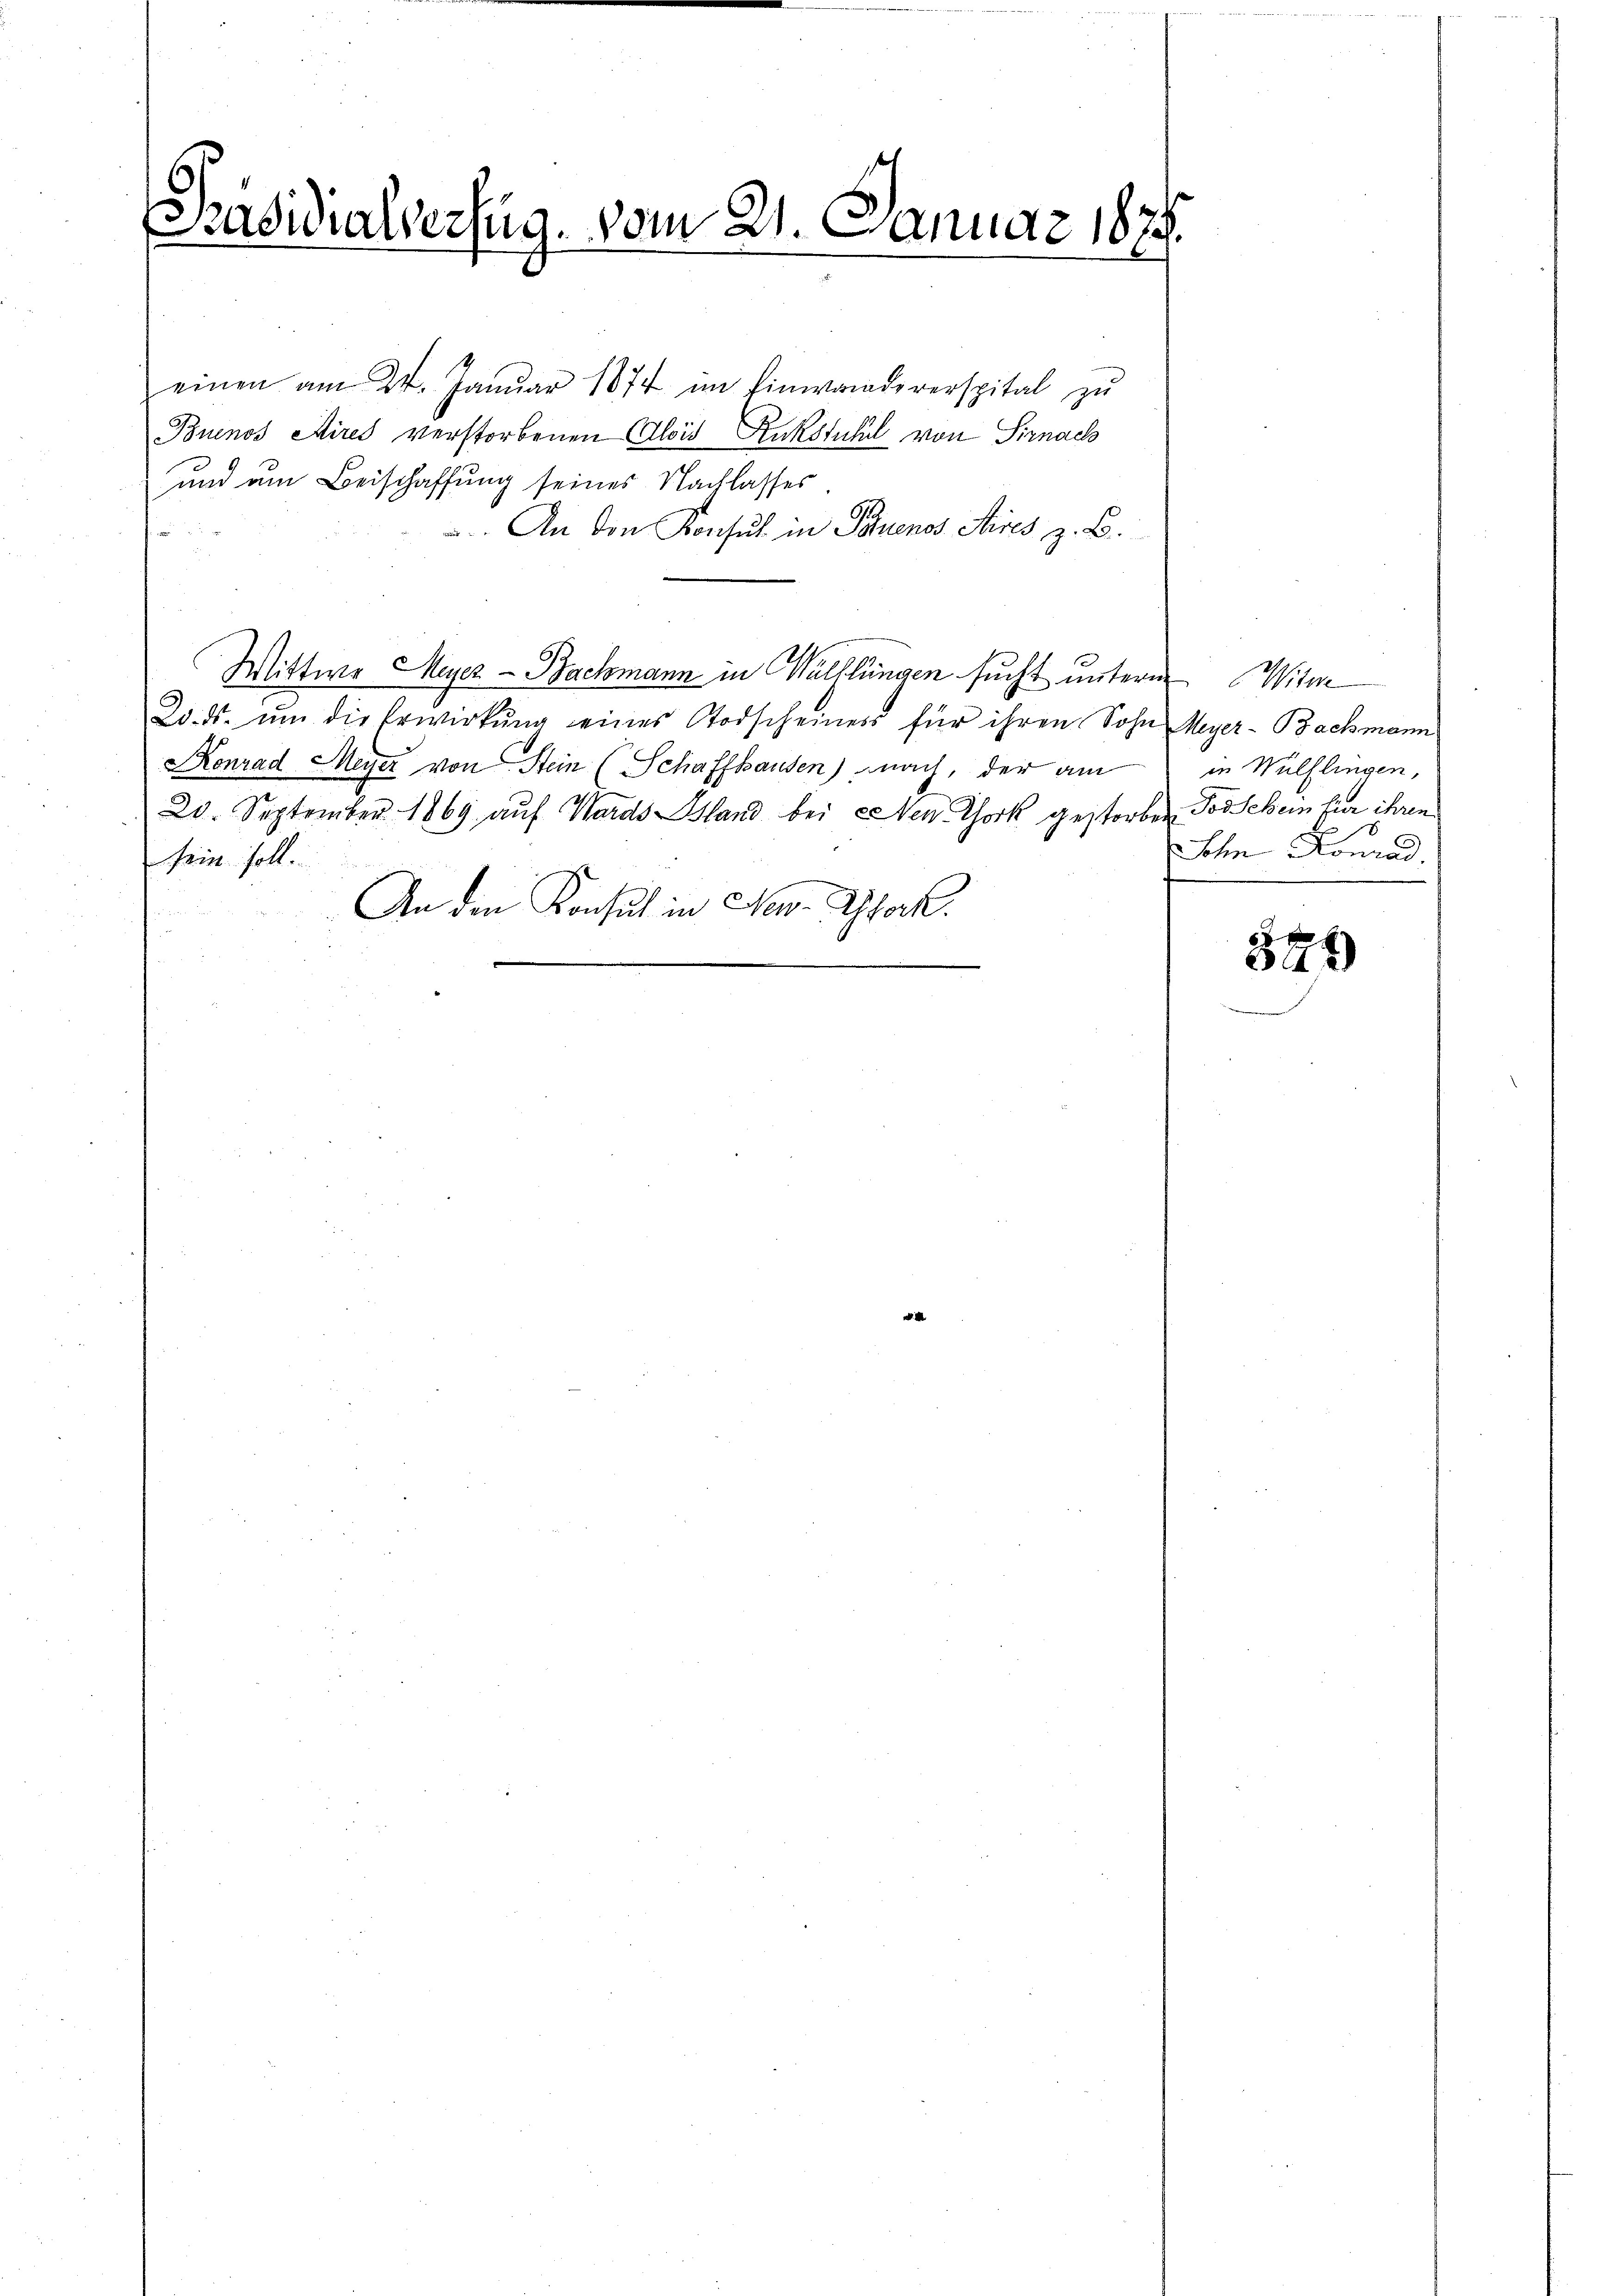
Präsidialverzug. vom 21. Januar 1879.

einen am 24. Januar 1874 im Einwandererspital zŭ
Buenos Aires verstorbenen Alois Rükstuhl von Sirnach
und um Beischaffung seines Nachlasses.
An den Konsul in Pauenos Aires z. B.
Wittwe Meyer - Bachmann in Wülflingen sucht unterm Witw
Lids. ŭm die Erwirkŭng eines Todscheines für ihren Sohn
Konrad Meyer von Stein (Schaffhausen) nach, der am
20. September 1869 aŭf Wards land bei eren Chork gestorben Todschein für ihren
sein soll.

An den Konsul in New-Thock.

Meyer-Bachmann
in Wülflingen,
Sohn Konrad

374